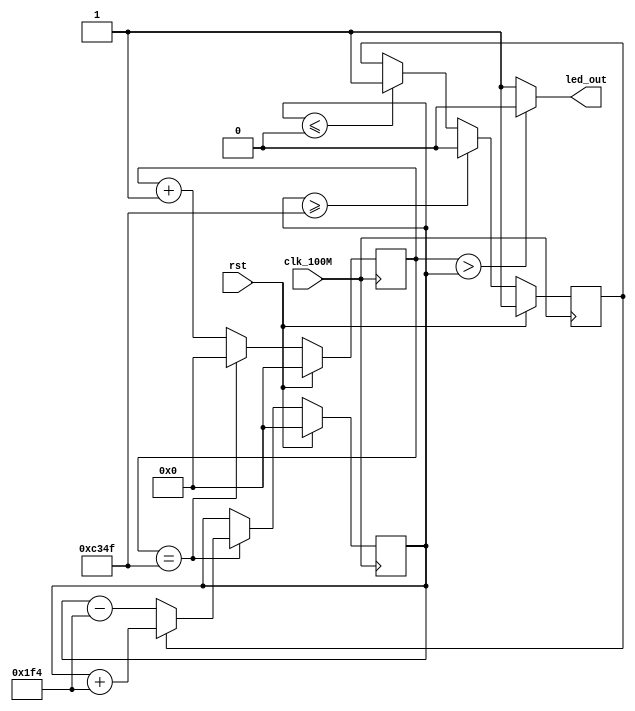
`timescale 1ns / 1ps
//////////////////////////////////////////////////////////////////////////////////
// Company: 
// Engineer: 
// 
// Design Name: 
// Module Name: led_breth
// Project Name: 
// Target Devices: 
// Tool Versions: 
// Description: 
// 
// Dependencies: 
// 
// Revision:
// Revision 0.01 - File Created
// Additional Comments:
// 
//////////////////////////////////////////////////////////////////////////////////


module led_breth(
	 input                  wire                         clk_100M
	,input                  wire                         rst
	,output                 wire                         led_out
);
	localparam N = 50000;
	reg [15 : 0] cnt1, cnt2;
	reg flag;
	
	always @ (posedge clk_100M) begin : CNT1
		if(rst) 
			cnt1 <= 16'd0;
		else if(cnt1 == N - 1) 
			cnt1 <=  16'd0;
		else 
			cnt1 <= cnt1 + 16'd1;
	end
	
	always @ (posedge clk_100M) begin : CNT2
		if(rst) 
			cnt2 <= 16'd0;
		else if(cnt1 == N - 1) 
			if(flag)
				cnt2 <= cnt2 + 16'd500;
			else 
				cnt2 <=  cnt2 - 16'd500;
		else 
			cnt2 <= cnt2;
	end
	
	always @ (posedge clk_100M) begin : FLAG
		if(rst) 
			flag <= 1'b1;
		else if(cnt2 >= N - 1) 
			flag <= 1'b0;
		else if(cnt2 <= 16'd0) 
			flag <= 1'b1;
		else 
			flag <= flag;
	end
	
	assign led_out = (cnt1 > cnt2) ? 1'b0 : 1'b1;
	
endmodule